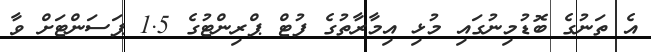
އެ ތަނުގެ ބޮޑުމިނުގައި މުޅި އިމާރާތުގެ ފުޓް ޕްރިންޓުގެ 1.5 ޕަސަންޓަށް ވާ